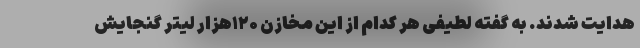
هدایت شدند. به گفته لطیفی هر کدام از این مخازن ۱۲۰هزار لیتر گنجایش